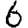
Digit: 6